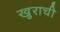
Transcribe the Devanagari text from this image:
खुराची